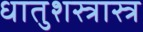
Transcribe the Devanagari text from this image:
धातुशस्त्रास्त्र